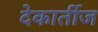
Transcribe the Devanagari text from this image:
देकार्तीज